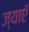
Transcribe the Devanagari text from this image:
ज्याएँ